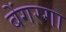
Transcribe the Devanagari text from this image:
बेंगरगा